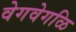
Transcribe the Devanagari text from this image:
वेगवेगळि